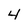
Character: 4